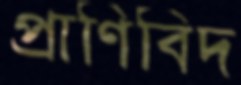
প্রাণিবিদ